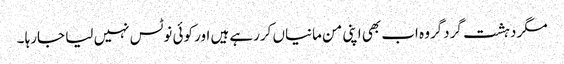
مگر دہشت گردگروہ اب بھی اپنی من مانیاں کررہے ہیں اور کوئی نوٹس نہیں لیا جارہا ۔